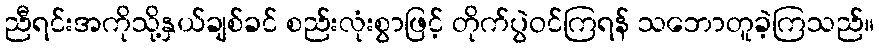
ညီရင်းအကိုသို့နှယ်ချစ်ခင် စည်းလုံးစွာဖြင့် တိုက်ပွဲဝင်ကြရန် သဘောတူခဲ့ကြသည်။